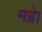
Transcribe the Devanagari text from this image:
मन्रेा